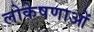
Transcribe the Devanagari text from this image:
लोकेषणाओं